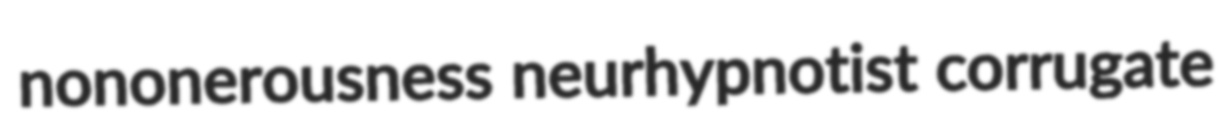
nononerousness neurhypnotist corrugate